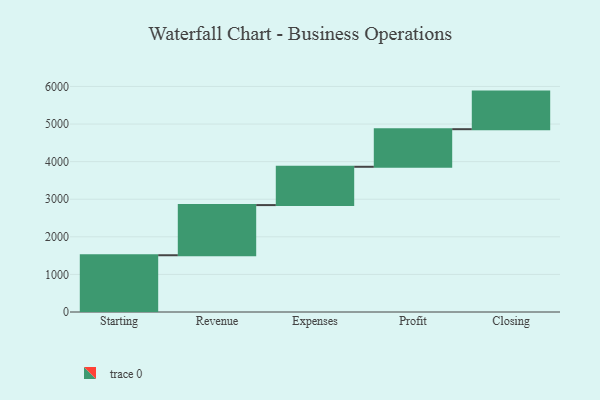
{"axis": {"x": "Step", "y": "Value"}, "legend": [""], "data": [{"x": "Starting", "y": 1510.0, "type": ""}, {"x": "Revenue", "y": 1334.0, "type": ""}, {"x": "Expenses", "y": 1019.0, "type": ""}, {"x": "Profit", "y": 1000, "type": ""}, {"x": "Closing", "y": 1000, "type": ""}]}